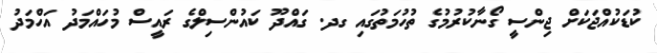
ކުޑަކުއްޖަކަށް ޖިންސީ ގޯނާކުރުމުގެ ތުހުމަތުގައި ގދ. ގައްދޫ ކައުންސިލްގެ ރައީސް މުހައްމަދު އަހްމަދު